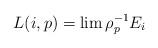
LaTeX: \begin{align*}L(i,p)=\lim \rho_{p}^{-1}E_i\end{align*}